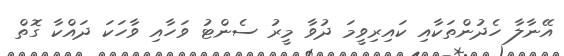
އޭނާލާ ހެދުންތަކާއި ކަައިރިވީމަ ދުވާ މީރު ސެންޓު ވަހާއި ވާހަކަ ދައްކާ ގޮތް